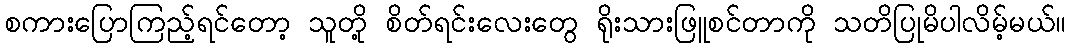
စကားပြောကြည့်ရင်တော့ သူတို့ စိတ်ရင်းလေးတွေ ရိုးသားဖြူစင်တာကို သတိပြုမိပါလိမ့်မယ်။